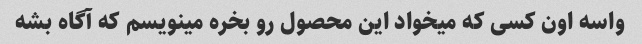
واسه اون کسی که میخواد این محصول رو بخره مینویسم که آگاه بشه